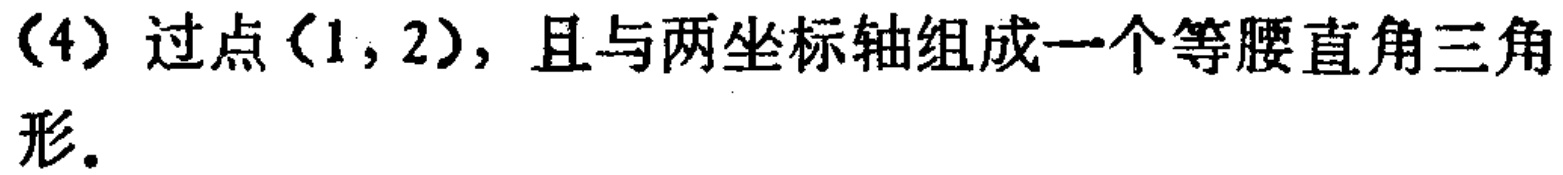
(4) 过点$(1,2)$，且与两坐标轴组成一个等腰直角三角形。